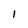
Character: l